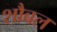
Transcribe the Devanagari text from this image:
शौबल